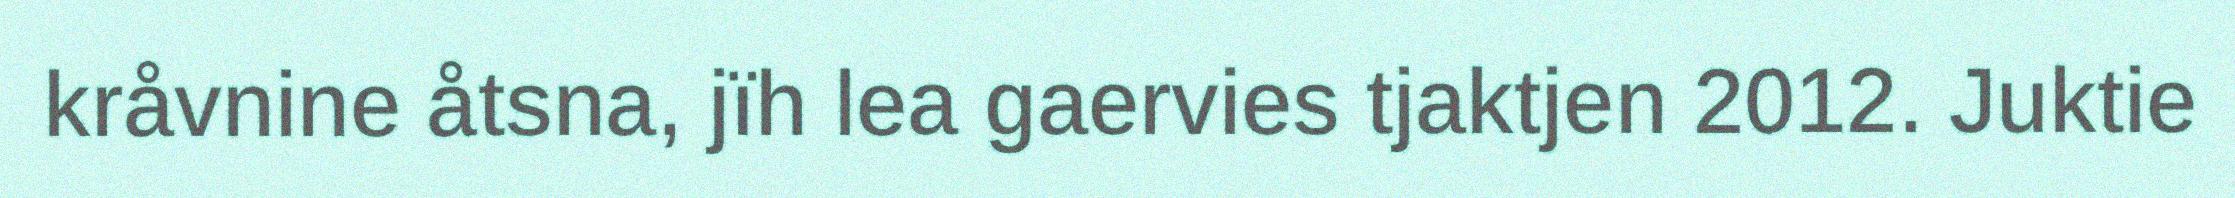
kråvnine åtsna, jïh lea gaervies tjaktjen 2012. Juktie